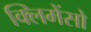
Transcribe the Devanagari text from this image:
क्लिमेंसो